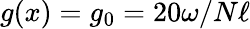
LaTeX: g(x)=g_{0}=20\omega/N\ell